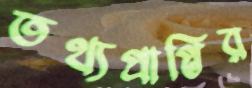
তথ্যপ্রাপ্তির